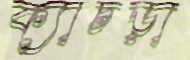
ক্যাচড়া